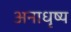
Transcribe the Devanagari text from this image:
अनाधृष्य